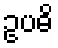
ဥပဓိ